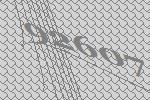
92607